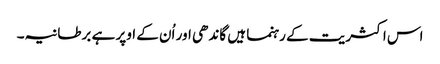
اس اکثریت کے رہنما ہیں گاندھی اور اُن کے اوپر ہے برطانیہ۔